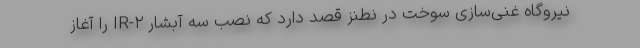
نیروگاه غنی‌سازی سوخت در نطنز قصد دارد که نصب سه آبشار IR-۲ را آغاز